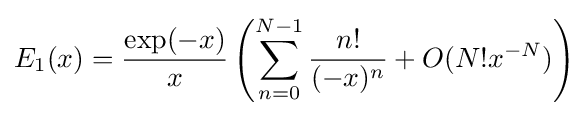
E_{1}(x)={\frac {\exp(-x)}{x}}\left(\sum _{n=0}^{N-1}{\frac {n!}{(-x)^{n}}}+O(N!x^{-N})\right)